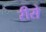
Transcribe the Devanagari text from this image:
रीसे